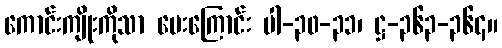
ကောင်းကျိုးကိုသာ ပေးကြောင်း ပါ-၃၀-၃၁၊ ဋ္ဌ-၃၆၃-၃၆၄။